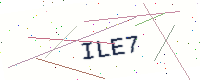
Text: ILE7